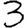
Digit: 3